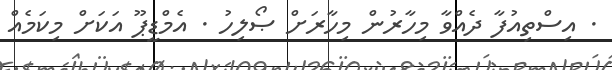
. އިސްތިއުފާ ދެއްވާ މިހާރުން މިހާރަށް ޞޯލިހު . އެމްޑީޕޫ އަކަށް މިކަމެއް